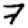
Digit: 7